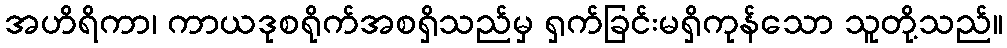
အဟိရိကာ၊ ကာယဒုစရိုက်အစရှိသည်မှ ရှက်ခြင်းမရှိကုန်သော သူတို့သည်။